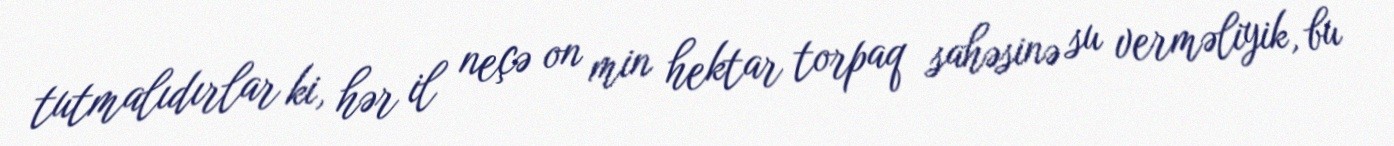
tutmalıdırlar ki, hər il neçə on min hektar torpaq sahəsinə su verməliyik, bu